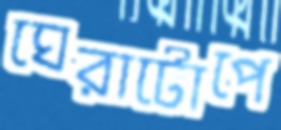
ঘেরাটোপে